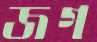
জগ